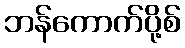
ဘန်ကောက်ပို့စ်